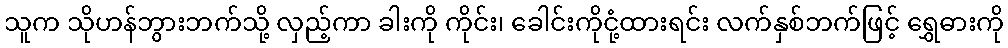
သူက သိုဟန်ဘွားဘက်သို့ လှည့်ကာ ခါးကို ကိုင်း၊ ခေါင်းကိုငုံ့ထားရင်း လက်နှစ်ဘက်ဖြင့် ရွှေဓားကို